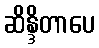
ဆိန္ဒိတာပေ